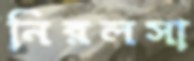
নিরলসা